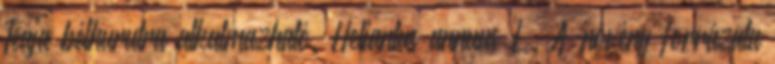
Teája bélhurutra alkalmazható. Heliantus annuus L. A növény forrázata